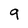
Character: 9